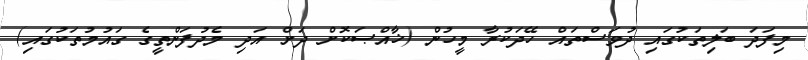
މިފަދަ ބަލިތަކުގައި ދުވަސްތައް ހޭދަކުރާ މީހުން (ޚާއްޞަކޮށް ދަށް އަދި މެދުފަންތީގެ ގައުމުތަކުގައި)